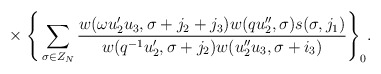
\begin{align*}{}~~~~~\times\Bigg\{\sum_{\sigma\in Z_N}\frac{w(\omega u'_2u_3,\sigma+j_2+j_3)w(qu_2'',\sigma)s(\sigma,j_1)}{w(q^{-1}u'_2,\sigma+j_2)w(u_2''u_3,\sigma+i_3)}\Bigg\}_0.\end{align*}